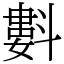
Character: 㪹